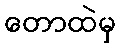
တောထဲမှ